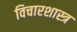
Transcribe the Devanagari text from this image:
विचारशास्त्र